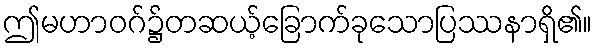
ဤမဟာဝဂ်၌တဆယ့်ခြောက်ခုသောပြဿနာရှိ၏။